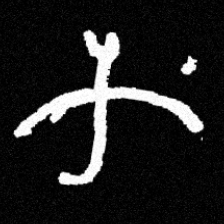
Pyu character \u2014 Myanmar letter: က (romanized: ka)